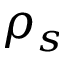
\rho _ { s }